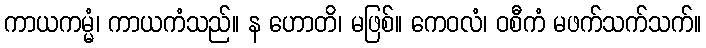
ကာယကမ္မံ၊ ကာယကံသည်။ န ဟောတိ၊ မဖြစ်။ ကေဝလံ၊ ဝစီကံ မဖက်သက်သက်။